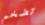
تضخم